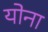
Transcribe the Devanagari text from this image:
योना